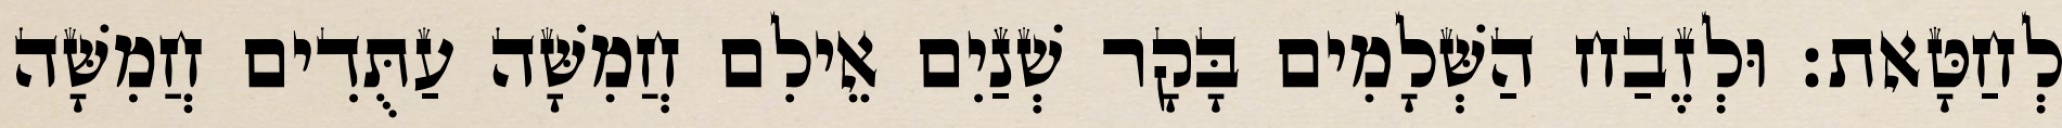
לְחַטָּאת׃ וּלְזֶבַח הַשְּׁלָמִים בָּקָר שְׁנַיִם אֵילִם חֲמִשָּׁה עַתֻּדִים חֲמִשָּׁה